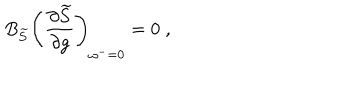
LaTeX: B _ { \widetilde { S } } \left( \frac { \partial \widetilde { S } } { \partial g } \right) _ { \omega ^ { - } = 0 } = 0 \; ,